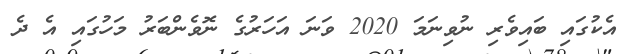
އެކުގައި ބައިވެރި ނުވިނަމަ 2020 ވަނަ އަހަރުގެ ނޮވެންބަރު މަހުގައި އެ ދެ